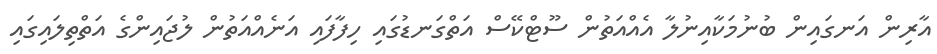
އާރިން އަނގައިން ބުނުމަކާއިނުލާ އެއްއަތުން ސޫޓްކޭސް އަތްގަނޑުގައި ހިފާފައި އަނެއްއަތުން ލުޖައިންގެ އަތްތިލައިގައި